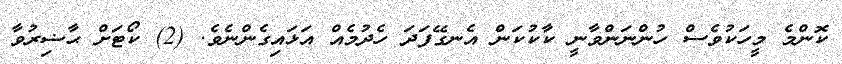
ކޮންމެ މީހަކުވެސް ހުންނަންވާނީ ކާކުކަން އެނގޭފަދަ ހެދުމެއް އަޅައިގެންނެވެ. (2) ކޯޓަށް ޙާޟިރުވާ